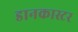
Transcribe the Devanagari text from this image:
डानकास्टर